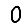
Digit: 0